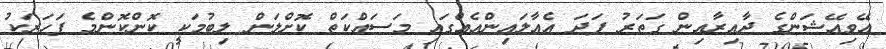
އޭވިއޭޝަންގެ ދާއިރާއިން ގަތަރު ފަދަ އެއާލައިންއެއްގައި މަސައްކަތް ކޮށްލަން ލިބުމަކީ ކޮންކޮންމެ ފަހަރަކު